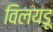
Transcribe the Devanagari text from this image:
विलयडू